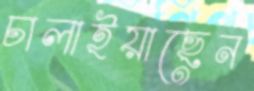
চালাইয়াছেন